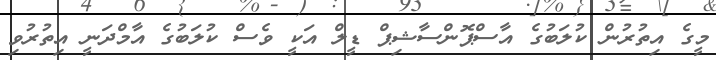
މީގެ އިތުރުން ކުލަބުގެ އާސްޕޮންސާޝިޕް ޑީލް އަކީ ވެސް ކުލަބުގެ އާމްދަނީ އިތުރުވި